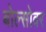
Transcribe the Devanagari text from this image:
बोल्सोवर